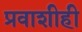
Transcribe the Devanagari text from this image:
प्रवाशीही